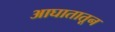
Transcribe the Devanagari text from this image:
आघातातून